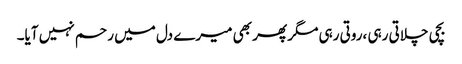
بچی چلاتی رہی ،روتی رہی مگر پھر بھی میرے دل میں رحم نہیں آیا۔